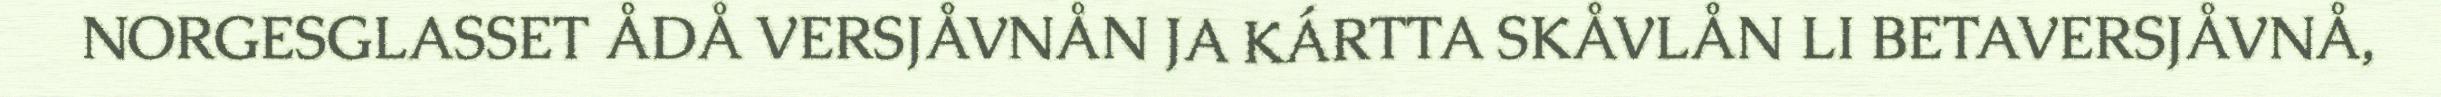
NORGESGLASSET ÅDÅ VERSJÅVNÅN JA KÁRTTA SKÅVLÅN LI BETAVERSJÅVNÅ,